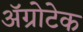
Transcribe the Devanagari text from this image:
अॅग्रोटेक